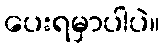
ပေးရမှာပါပဲ။